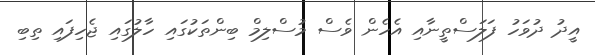
އީދު ދުވަހު ފަލަސްތީނާއި އެހެން ވެސް މުސްލިމް ބިންތަކުގައި ހާލުގައި ޖެހިފައި ތިބި